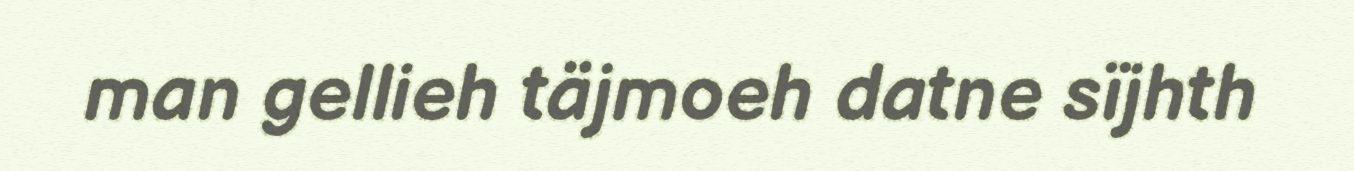
man gellieh täjmoeh datne sïjhth